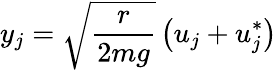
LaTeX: y_{j}=\sqrt{\frac{r}{2mg}}\left(u_{j}+u_{j}^{*}\right)